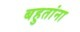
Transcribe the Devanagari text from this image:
बहुतांना